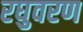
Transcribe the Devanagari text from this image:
रघुवरण